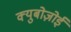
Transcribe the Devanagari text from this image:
क्युबोज़ोई